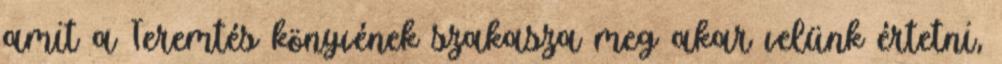
amit a Teremtés könyvének szakasza meg akar velünk értetni,